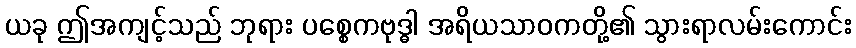
ယခု ဤအကျင့်သည် ဘုရား ပစ္စေကဗုဒ္ဓါ အရိယသာဝကတို့၏ သွားရာလမ်းကောင်း